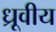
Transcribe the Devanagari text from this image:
ध्रूवीय